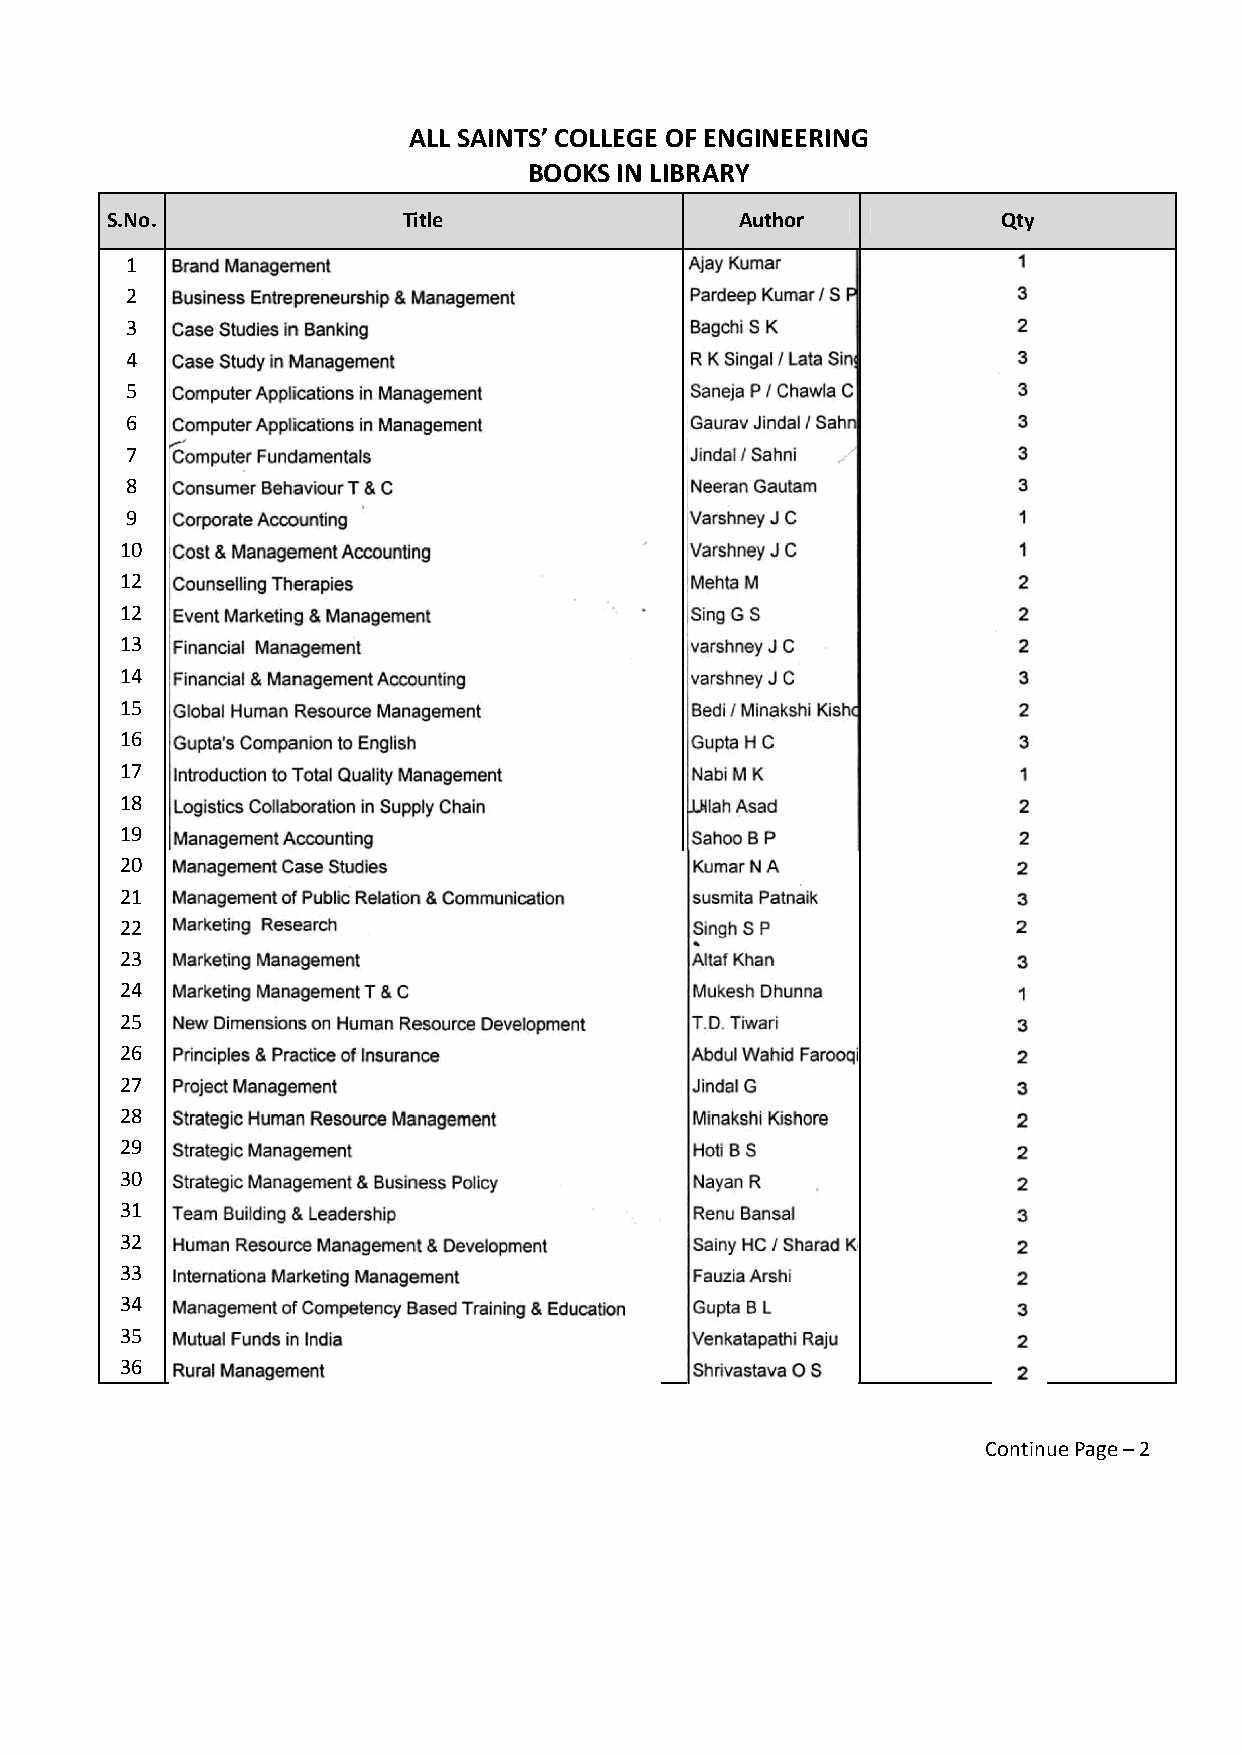
ALL SAINTS’ COLLEGE OF ENGINEERING
 BOOKS IN LIBRARY
 S.No.               Title                 Author           Qty
 1
 2
 3
 4
 5
 6
 7
 8
 9
 10
 12
 12
 13
 14
 15
 16
 17
 18
 19
 20
 21
 22
 23
 24
 25
 26
 27
 28
 29
 30
 31
 32
 33
 34
 35
 36
 Continue Page – 2